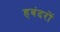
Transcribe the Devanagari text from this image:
हबंदरों